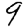
Digit: 9